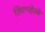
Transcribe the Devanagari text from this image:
सिल्व्हेस्त्रे